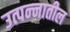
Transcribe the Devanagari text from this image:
उत्पन्‍नातील